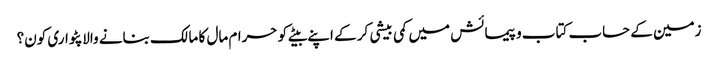
زمین کے حساب کتاب و پیمائش میں کمی بیشی کر کے اپنے بیٹے کو حرام مال کا مالک بنانے والا پٹواری کون؟